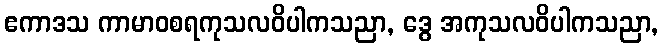
ဧကာဒသ ကာမာဝစရကုသလဝိပါကသညာ, ဒွေ အကုသလဝိပါကသညာ,